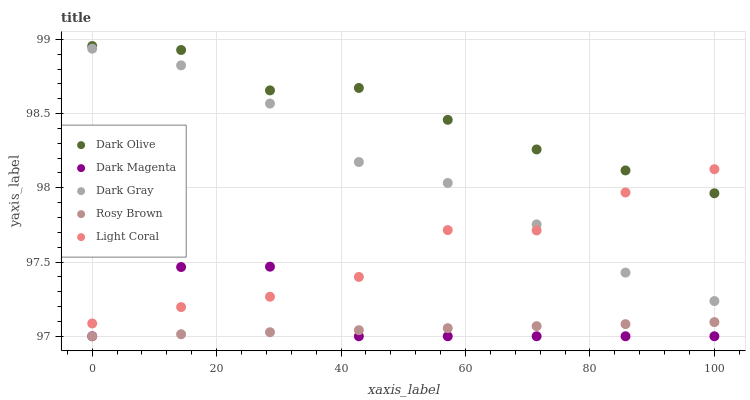
| xaxis_label | Dark Olive | Dark Magenta | Dark Gray | Rosy Brown | Light Coral |
 | --- | --- | --- | --- | --- | --- |
 | 0 | 99 | 97 | 98.9 | 97 | 97.1 |
 | 14.3 | 98.9 | 97.5 | 98.8 | 97 | 97.2 |
 | 28.6 | 98.7 | 97.5 | 98.6 | 97 | 97.3 |
 | 42.9 | 98.7 | 97 | 98.2 | 97 | 97.4 |
 | 57.1 | 98.5 | 97 | 98 | 97.1 | 97.7 |
 | 71.4 | 98.3 | 97 | 97.8 | 97.1 | 97.7 |
 | 85.7 | 98.1 | 97 | 97.4 | 97.1 | 98 |
 | 100 | 98 | 97 | 97.2 | 97.1 | 98.1 |